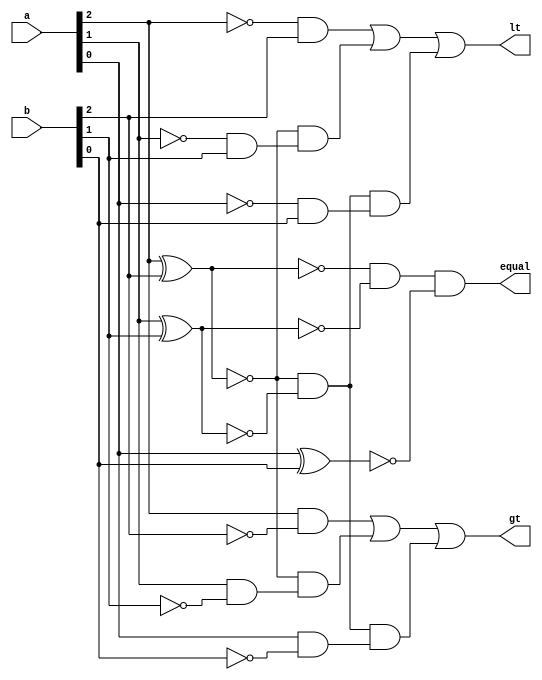
`timescale 1ns / 1ps
//////////////////////////////////////////////////////////////////////////////////
// Company: 
// Engineer: 
// 
// Design Name: 
// Module Name: Comparator_3bit
// Project Name: 
// Target Devices: 
// Tool Versions: 
// Description: 
// 
// Dependencies: 
// 
// Revision:
// Revision 0.01 - File Created
// Additional Comments:
// 
//////////////////////////////////////////////////////////////////////////////////


module Comparator_3bit(
    input [2:0] a,
    input [2:0] b,
    output equal,
    output gt,
    output lt
    );
    assign equal=!(a[2]^b[2]) & !(a[1]^b[1]) &!(a[0]^b[0]);
assign gt=(a[2]&~b[2]) | ~(a[2]^b[2]) & (a[1]&~b[1]) | ~(a[2]^b[2]) & ~(a[1]^b[1]) & (a[0]&~b[0]);
assign lt=(~a[2]&b[2]) | ~(a[2]^b[2]) & (~a[1]&b[1]) | ~(a[2]^b[2]) & ~(a[1]^b[1]) & (~a[0]&b[0]); 
endmodule